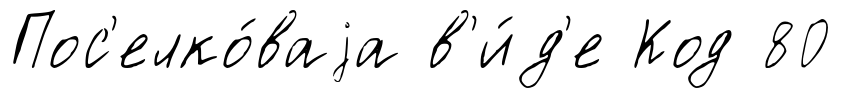
Пос'елко́ваjа в'и́д'е Код 80